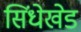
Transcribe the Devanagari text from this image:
सिंधेखेड